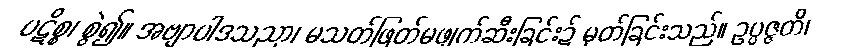
ပဋိစ္စ၊ စွဲ၍။ အဗျာပါဒသညာ၊ မသတ်ဖြတ်မဖျက်ဆီးခြင်း၌ မှတ်ခြင်းသည်။ ဥပ္ပဇ္ဇတိ၊